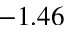
- 1 . 4 6